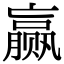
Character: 赢